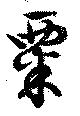
粟